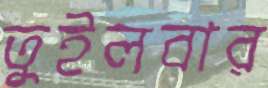
তুইলবার